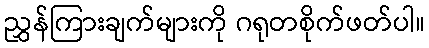
ညွှန်ကြားချက်များကို ဂရုတစိုက်ဖတ်ပါ။